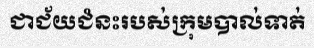
ជាជ័យជំនះរបស់ក្រុមបាល់ទាត់